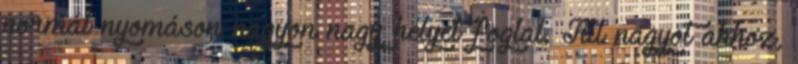
normál nyomáson nagyon nagy helyet foglal. Túl nagyot ahhoz,